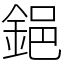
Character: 𨦺